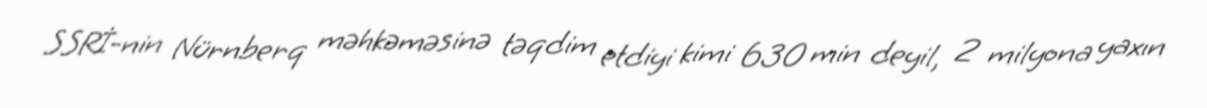
SSRİ-nin Nürnberq məhkəməsinə təqdim etdiyi kimi 630 min deyil, 2 milyona yaxın